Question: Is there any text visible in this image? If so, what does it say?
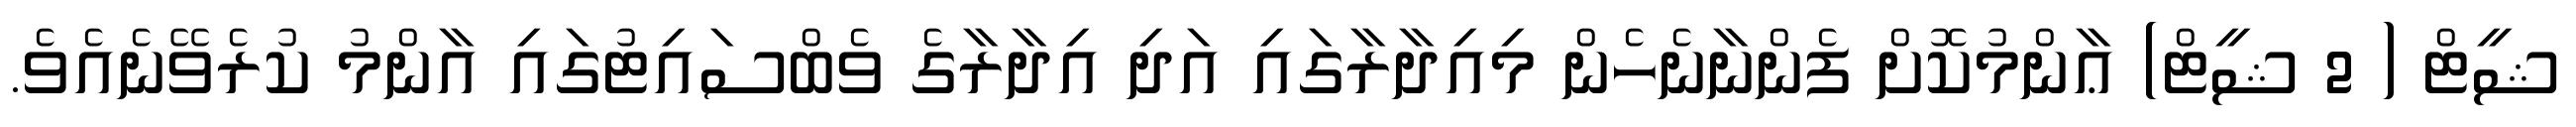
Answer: ޝީޓް ( 2 ޝީޓް) ޢާންމުކޮށް ފެންނާނެހެން މިއިދާރާގައި އަދި އިދާރާގެ ވެބްސައިޓުގައި އާންމު ކުރެވޭނެއެވެ.